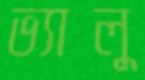
ভ্যালু